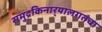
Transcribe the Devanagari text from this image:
समुद्रकिनार्‍यालगतचा